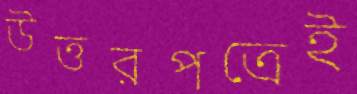
উত্তরপত্রেই